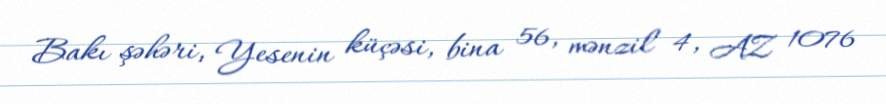
Bakı şəhəri, Yesenin küçəsi, bina 56, mənzil 4, AZ 1076